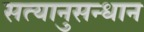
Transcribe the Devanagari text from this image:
सत्यानुसन्धान